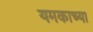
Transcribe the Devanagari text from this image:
यमकाच्या